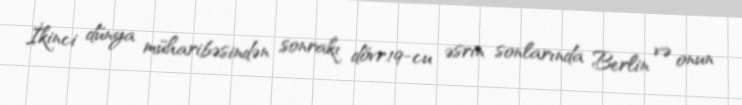
İkinci dünya müharibəsindən sonrakı dövr.19-cu əsrin sonlarında Berlin və onun